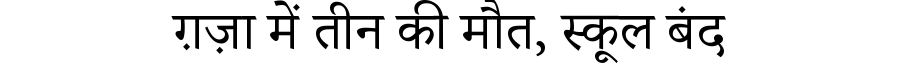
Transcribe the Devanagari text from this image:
ग़ज़ा में तीन की मौत, स्कूल बंद